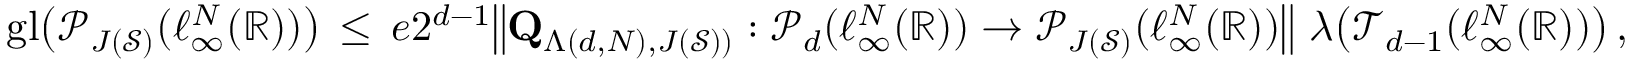
{ \mathrm { g l } } \big ( \mathcal { P } _ { J ( \mathcal { S } ) } ( \ell _ { \infty } ^ { N } ( \mathbb { R } ) ) \big ) \, \le \, e 2 ^ { d - 1 } \big \| \mathbf { Q } _ { \Lambda ( d , N ) , J ( \mathcal { S } ) ) } : \mathcal { P } _ { d } ( \ell _ { \infty } ^ { N } ( \mathbb { R } ) ) \to \mathcal { P } _ { J ( \mathcal { S } ) } ( \ell _ { \infty } ^ { N } ( \mathbb { R } ) ) \big \| \, \, \boldsymbol { \lambda } \big ( \mathcal { T } _ { d - 1 } ( \ell _ { \infty } ^ { N } ( \mathbb { R } ) ) \big ) \, ,